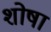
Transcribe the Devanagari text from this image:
शोषा